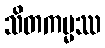
သိတကမ္မဿ